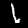
Digit: 1